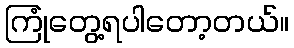
ကြုံတွေ့ရပါတော့တယ်။